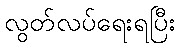
လွတ်လပ်ရေးရပြီး